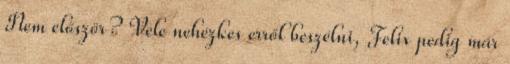
Nem először? Vele nehézkes erről beszélni, Felix pedig már